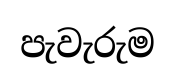
පැවැරුම